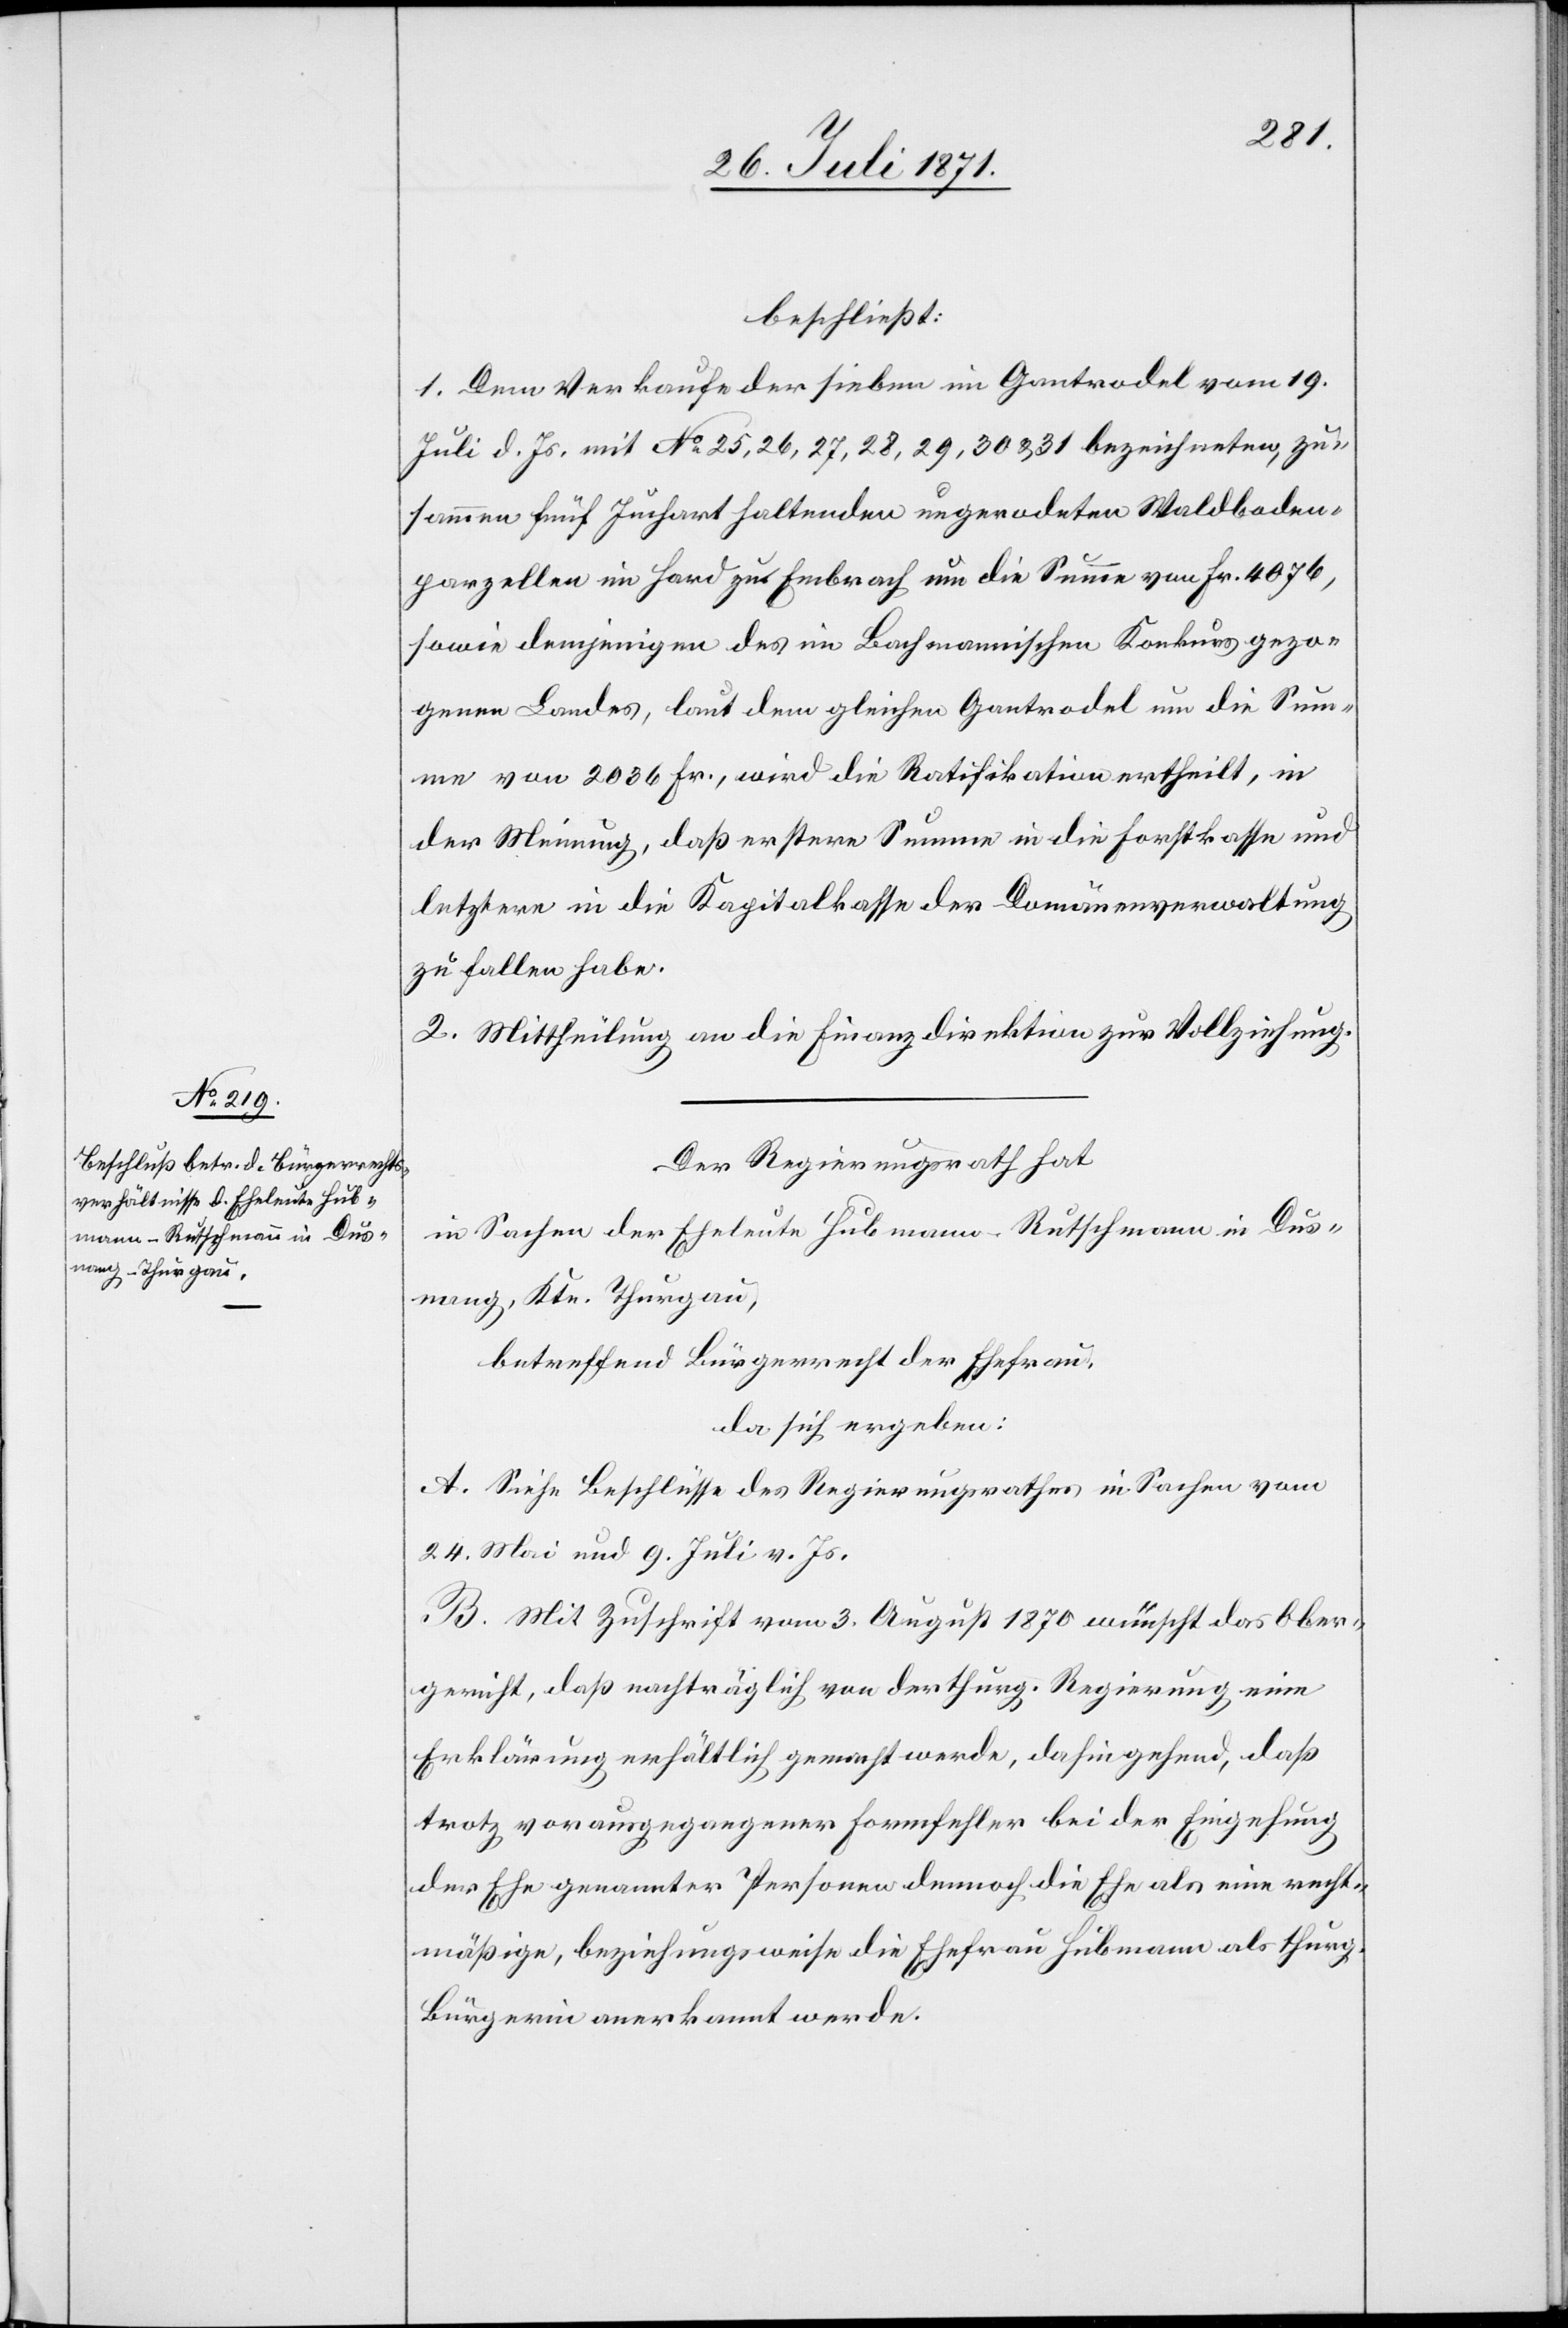
beschließt:
1. Dem Verkaufe der sieben im Gantrodel vom 19.
Juli d. Js. mit No. 25, 26, 27, 28, 29, 30 u. 31 bezeichneten, zu¬
sammen fünf Juchart haltenden ungerodeten Waldboden¬
parzellen im Hard zu Embrach um die Summe von Fr. 4076,
sowie demjenigen des im Bachmannischen Konkurs gezo¬
genen Landes, laut dem gleichen Gantrodel um die Sum¬
me von 2036 Fr., wird die Ratifikation ertheilt, in
der Meinung, daß erstere Summe in die Forstkasse und
letztere in die Kapitalkasse der Domänenverwaltung
zu fallen habe.
2. Mittheilung an die Finanzdirektion zur Vollziehung.
Der Regierungsrath hat
in Sachen der Eheleute Hubmann-Rutschmann in Dus¬
nang, Ktn. Thurgau,
betreffend Bürgerrecht der Ehefrau,
da sich ergeben:
A. Siehe Beschlüsse des Regierungsrathes in Sachen vom
24. Mai und 9. Juli v. Js.
B. Mit Zuschrift vom 3. August 1870 wünscht das Ober¬
gericht, daß nachträglich von der thurg. Regierung eine
Erklärung erhältlich gemacht werde, dahin gehend, daß
trotz vorausgegangener Formfehler bei der Eingehung
der Ehe genannter Personen dennoch die Ehe als eine recht¬
mäßige, beziehungsweise die Ehefrau Hubmann als thurg.
Bürgerin anerkannt werde.